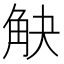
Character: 觖